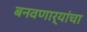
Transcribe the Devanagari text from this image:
बनवणार्यांचा